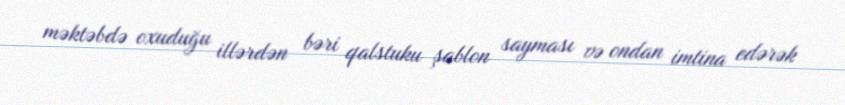
məktəbdə oxuduğu illərdən bəri qalstuku şablon sayması və ondan imtina edərək